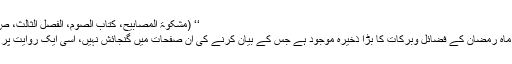
‘‘ (مشکوٰۃ المصابیح، کتاب الصوم، الفصل الثالث، ص:۱۷۳، ط:قدیمی)
احادیث ِنبویہ میں ماہِ رمضان کے فضائل وبرکات کا بڑا ذخیرہ موجود ہے جس کے بیان کرنے کی ان صفحات میں گنجائش نہیں، اسی ایک روایت پر اکتفا کیا جاتا ہے۔